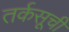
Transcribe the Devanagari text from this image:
तर्कसूची